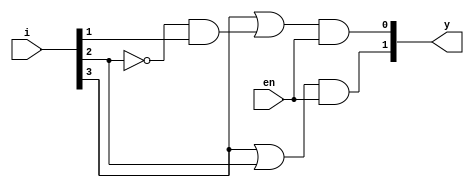
module codprisimples (i, en, y);
    input  [3:0]i;
    input en;
    output [1:0] y;
    
    assign y[0] = (i[3] | (!i[2] & i[1])) & en;
    assign y[1] = (i[3] | i[2]) & en;

endmodule